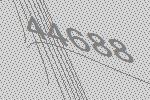
44688